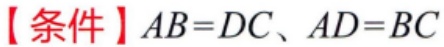
【条件】\(AB = DC、AD = BC\)